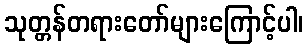
သုတ္တန်တရားတော်များကြောင့်ပါ၊